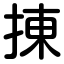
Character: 㨂